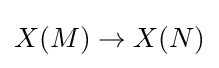
X(M)\to X(N)